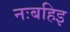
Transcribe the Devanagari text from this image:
नःबहिइ